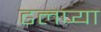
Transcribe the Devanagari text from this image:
ढलप्या